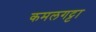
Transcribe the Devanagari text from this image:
कमलगट्टा